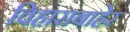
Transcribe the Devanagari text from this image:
विहाराबाहेर